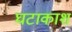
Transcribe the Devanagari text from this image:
घटाकाश